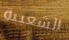
الشعبية